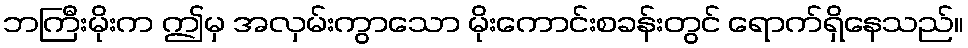
ဘကြီးမိုးက ဤမှ အလှမ်းကွာသော မိုးကောင်းစခန်းတွင် ရောက်ရှိနေသည်။